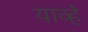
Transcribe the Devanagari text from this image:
याव्‍हे